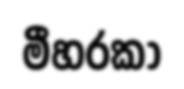
මීහරකා